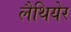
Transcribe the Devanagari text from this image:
लैथियेर